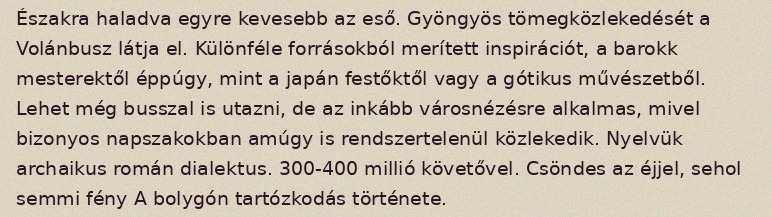
Északra haladva egyre kevesebb az eső. Gyöngyös tömegközlekedését a Volánbusz látja el. Különféle forrásokból merített inspirációt, a barokk mesterektől éppúgy, mint a japán festőktől vagy a gótikus művészetből. Lehet még busszal is utazni, de az inkább városnézésre alkalmas, mivel bizonyos napszakokban amúgy is rendszertelenül közlekedik. Nyelvük archaikus román dialektus. 300-400 millió követővel. Csöndes az éjjel, sehol semmi fény A bolygón tartózkodás története.